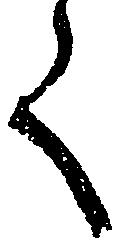
く